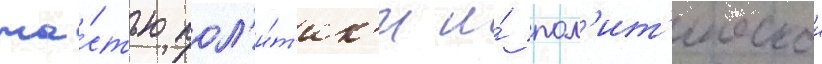
ча́стью пол'и́т'ик'и и́ пол'ит'ическои